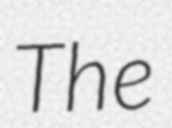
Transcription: The